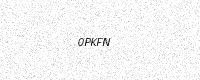
Text: 0PKFN